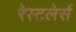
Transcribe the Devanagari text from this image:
रेस्टलेर्स